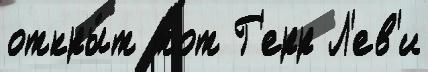
откры́т тот Г'ерр Л'ев'и